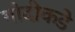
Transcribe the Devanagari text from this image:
गोदीकडे